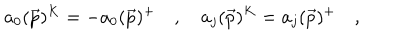
a _ { 0 } ( \vec { p } ) ^ { K } = - a _ { 0 } ( \vec { p } ) ^ { + } \quad , \quad a _ { j } ( \vec { p } ) ^ { K } = a _ { j } ( \vec { p } ) ^ { + } \quad ,